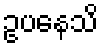
ဥပနေသိ